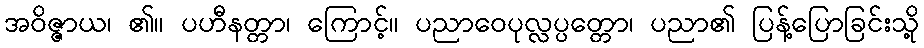
အဝိဇ္ဇာယ၊ ၏။ ပဟီနတ္တာ၊ ကြောင့်။ ပညာဝေပုလ္လပ္ပတ္တော၊ ပညာ၏ ပြန့်ပြောခြင်းသို့